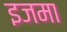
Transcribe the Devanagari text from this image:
इजमा